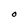
Character: O